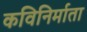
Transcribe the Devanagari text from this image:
कविनिर्माता